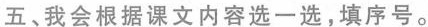
五、我会根据课文内容选一选，填序号。